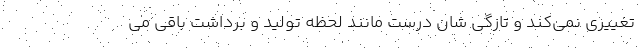
تغییری نمی‌کند و تازگی شان درست مانند لحظه تولید و برداشت باقی می